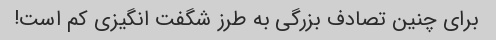
برای چنین تصادف بزرگی به طرز شگفت انگیزی کم است!